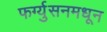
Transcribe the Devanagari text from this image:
फर्ग्युसनमधून